Annual administration report of the Civil Veterinary Department, Ajmere-Merwara, British Rajputana - 1914-1940
Year: 1914
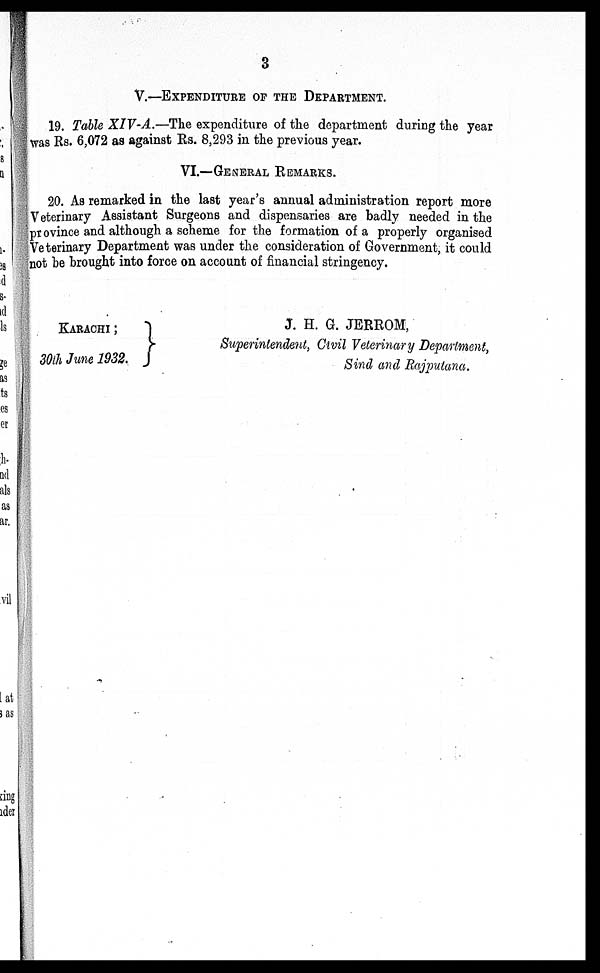
3
V.—EXPENDITURE OF THE DEPARTMENT.
19. Table XIV-A.—The expenditure of the department during the year
was Rs. 6,072 as against Rs. 8,293 in the previous year.
VI.—GENERAL REMARKS.
20. As remarked in the last year's annual administration report more
Veterinary Assistant Surgeons and dispensaries are badly needed in the
province and although a scheme for the formation of a properly organised
Veterinary Department was under the consideration of Government, it could
not be brought into force on account of financial stringency.
KARACHI ;
30th June 1932.
J. H. G. JERROM,
Superintendent, Civil Veterinary Department,
Sind and Rajputana.